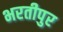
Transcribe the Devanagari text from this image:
भरतीपुर